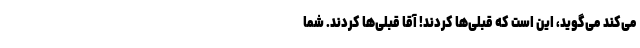
می‌کند می‌گوید، این است که قبلی‌ها کردند! آقا قبلی‌ها کردند. شما